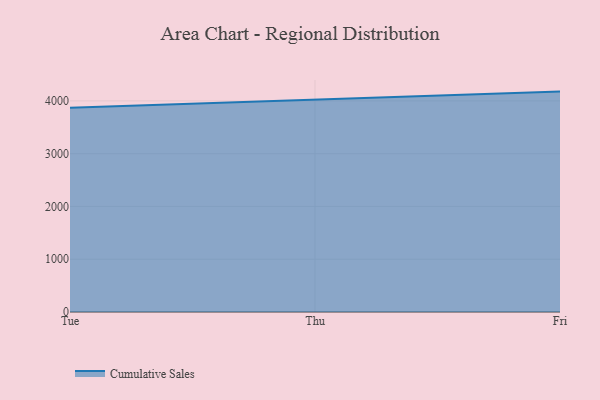
{"axis": {"x": "Day", "y": "Inventory Turnover"}, "legend": ["Cumulative Sales"], "data": [{"x": "Tue", "y": 3870.9, "type": "Cumulative Sales"}, {"x": "Thu", "y": 4017.6, "type": "Cumulative Sales"}, {"x": "Fri", "y": 4176.1, "type": "Cumulative Sales"}]}